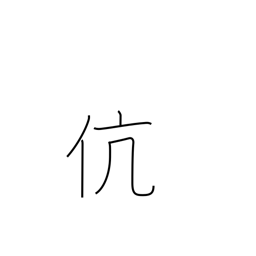
Meaning: same kind